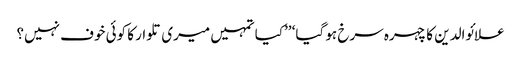
علائوالدین کا چہرہ سرخ ہو گیا‘ ’’کیا تمہیں میری تلوار کا کوئی خوف نہیں؟